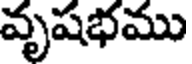
వృషభము